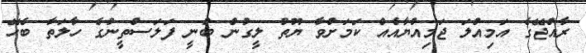
ރާއްޖޭގެ އަމިއްލަ ޖަމިއްޔާއެއް ކަމަށްވާ ޔޫތު ލީގުން ބުނީ ފަލަސްތީނުގެ ހާލަތާ ބެހޭ